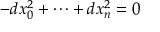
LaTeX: - d x _ { 0 } ^ { 2 } + \dots + d x _ { n } ^ { 2 } = 0